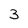
Character: 3